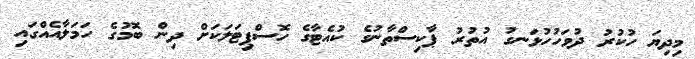
މިދިޔަ ހުކުރު ދުވަހުހުޅަނގު އުތުރު ޕާކިސްތާނުގެ ކުއެޓާގެ ހޮސްޕިޓަލަކަށް ދިން ބޮމުގެ ހަމަލާއެއްގައި